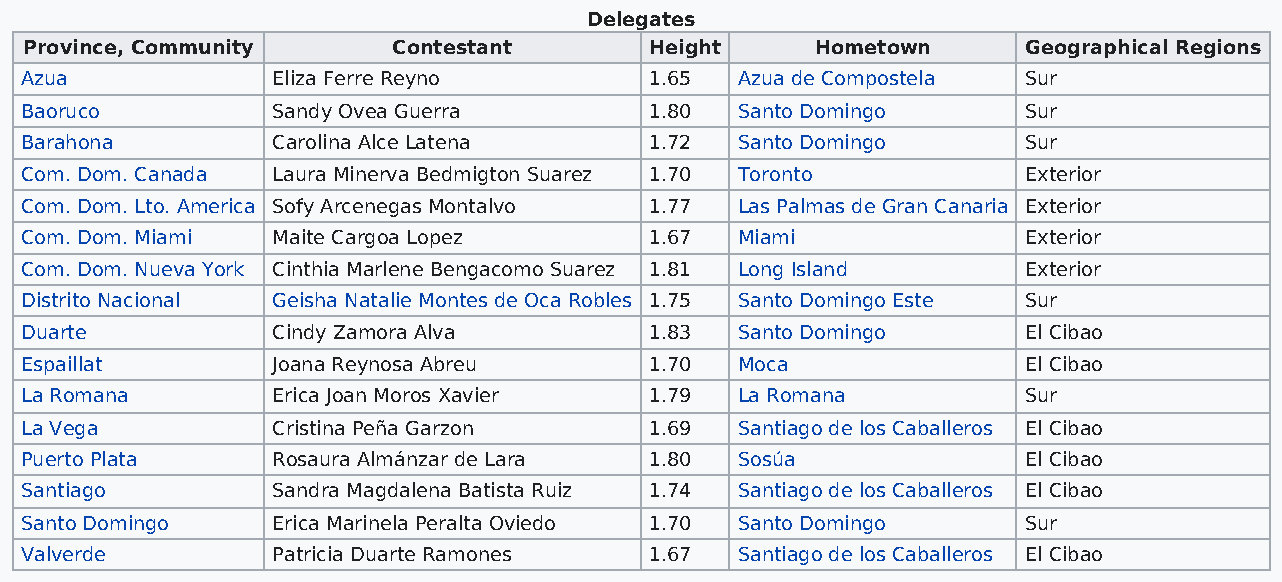
Delegates
 Province, Community     Contestant       Height     Hometown      Geographical Regions
 Azua             Eliza Ferre Reyno        1.65  Azua de Compostela Sur
 Baoruco          Sandy Ovea Guerra        1.80  Santo Domingo      Sur
 Barahona         Carolina Alce Latena     1.72  Santo Domingo      Sur
 Com. Dom. Canada Laura Minerva Bedmigton Suarez 1.70 Toronto       Exterior
 Com. Dom. Lto. America Sofy Arcenegas Montalvo 1.77 Las Palmas de Gran Canaria Exterior
 Com. Dom. Miami  Maite Cargoa Lopez       1.67  Miami              Exterior
 Com. Dom. Nueva York Cinthia Marlene Bengacomo Suarez 1.81 Long Island Exterior
 Distrito Nacional Geisha Natalie Montes de Oca Robles 1.75 Santo Domingo Este Sur
 Duarte           Cindy Zamora Alva        1.83  Santo Domingo      El Cibao
 Espaillat        Joana Reynosa Abreu      1.70  Moca               El Cibao
 La Romana        Erica Joan Moros Xavier  1.79  La Romana          Sur
 La Vega          Cristina Peña Garzon     1.69  Santiago de los Caballeros El Cibao
 Puerto Plata     Rosaura Almánzar de Lara 1.80  Sosúa              El Cibao
 Santiago         Sandra Magdalena Batista Ruiz 1.74 Santiago de los Caballeros El Cibao
 Santo Domingo    Erica Marinela Peralta Oviedo 1.70 Santo Domingo  Sur
 Valverde         Patricia Duarte Ramones  1.67  Santiago de los Caballeros El Cibao